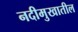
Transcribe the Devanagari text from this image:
नदीमुखातील